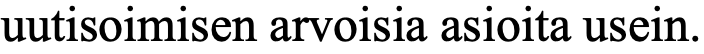
uutisoimisen arvoisia asioita usein.